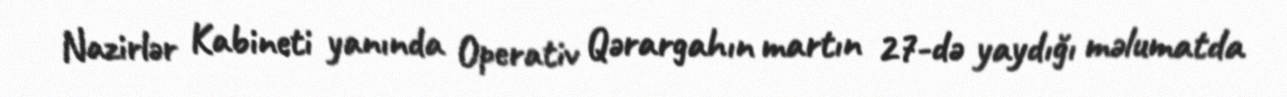
Nazirlər Kabineti yanında Operativ Qərargahın martın 27-də yaydığı məlumatda